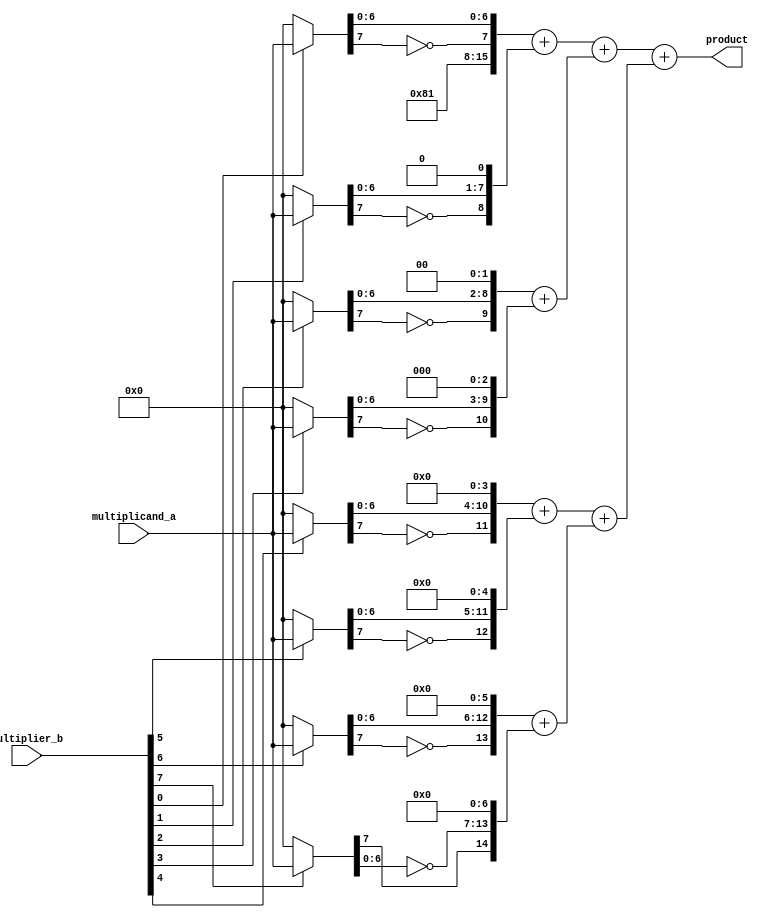
module multiply8_signed(product, multiplicand_a, multiplier_b);
   input [7:0] multiplicand_a, multiplier_b;
   output [15:0] product;

   wire [7:0] 	 b0_a = multiplier_b[0] ? multiplicand_a : 8'b0;
   wire [7:0] 	 b1_a = multiplier_b[1] ? multiplicand_a : 8'b0;
   wire [7:0] 	 b2_a = multiplier_b[2] ? multiplicand_a : 8'b0;
   wire [7:0] 	 b3_a = multiplier_b[3] ? multiplicand_a : 8'b0;
   wire [7:0] 	 b4_a = multiplier_b[4] ? multiplicand_a : 8'b0;
   wire [7:0] 	 b5_a = multiplier_b[5] ? multiplicand_a : 8'b0;
   wire [7:0] 	 b6_a = multiplier_b[6] ? multiplicand_a : 8'b0;
   wire [7:0] 	 b7_a = multiplier_b[7] ? multiplicand_a : 8'b0;

   assign product =
		 (({1'b1, 6'b0, 1'b1, ~b0_a[7], b0_a[6:0]         }   +
		   {         7'b0,          ~b1_a[7], b1_a[6:0], 1'b0})  +
		  ({         6'b0,          ~b2_a[7], b2_a[6:0], 2'b0}   +
		   {         5'b0,          ~b3_a[7], b3_a[6:0], 3'b0})) +
		 (({         4'b0,          ~b4_a[7], b4_a[6:0], 4'b0}    +
		   {         3'b0,          ~b5_a[7], b5_a[6:0], 5'b0})   +
		  ({         2'b0,          ~b6_a[7], b6_a[6:0], 6'b0}    +
		   {1'b0, b7_a[7],     ~b7_a[6:0],               7'b0}));
        
endmodule // multiply8_signed